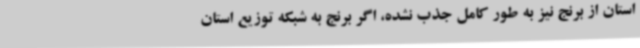
استان از برنج نیز به طور کامل جذب نشده، اگر برنج به شبکه توزیع استان